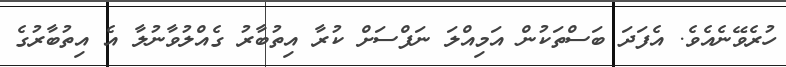
ހުރެވޭނެއެވެ. އެފަދަ ބަސްތަކުން އަމިއްލަ ނަފްސަށް ކުރާ އިތުބާރު ގެއްލުވާނުލާ އެ އިތުބާރުގެ